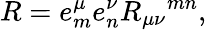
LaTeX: R=e_{m}^{\mu}e_{n}^{\nu}R_{\mu\nu}{}^{mn},